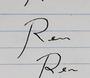
Signature authenticity: forged